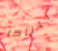
تاناكا